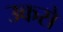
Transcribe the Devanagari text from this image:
उकसे